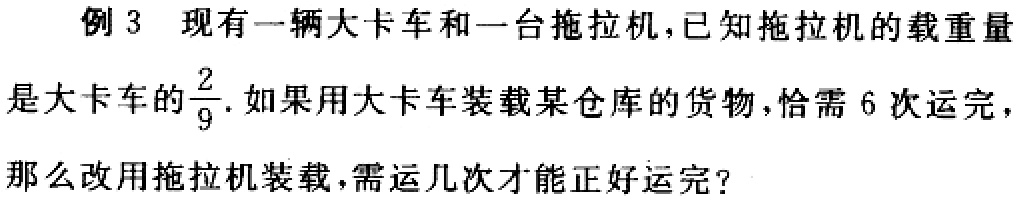
例 3 现有一辆大卡车和一台拖拉机，已知拖拉机的载重量是大卡车的$\frac{2}{9}$. 如果用大卡车装载某仓库的货物，恰需 6 次运完，那么改用拖拉机装载，需运几次才能正好运完？